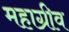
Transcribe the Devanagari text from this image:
महाग्रीव